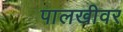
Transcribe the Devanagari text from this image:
पालखीवर